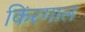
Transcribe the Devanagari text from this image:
किंरगाल